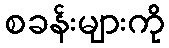
စခန်းများကို